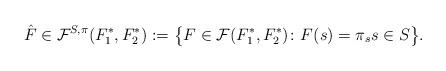
LaTeX: \begin{align*}\hat F\in \mathcal{F}^{S,\pi}(F_1^\ast,F_2^\ast) := \big\{F\in\mathcal{F}(F_1^\ast,F_2^\ast)\colon F(s) = \pi_s s\in S\big\}.\end{align*}